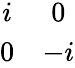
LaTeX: \begin{array}{cc}{{i}}&{{0}}\\ {{0}}&{{-i}}\end{array}